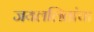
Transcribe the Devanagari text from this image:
जयललितांचा